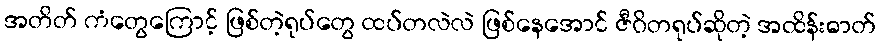
အတိတ် ကံတွေကြောင့် ဖြစ်တဲ့ရုပ်တွေ ထပ်တလဲလဲ ဖြစ်နေအောင် ဇီဝိတရုပ်ဆိုတဲ့ အထိန်းဓာတ်